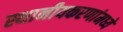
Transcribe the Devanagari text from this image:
स्थानीयकरणांमध्ये